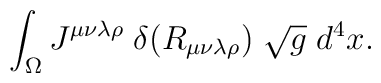
\int_\Omega  J^{\mu\nu\lambda\rho} \;              \delta(R_{\mu\nu\lambda\rho}) \; \sqrt{g} \; d^4x.